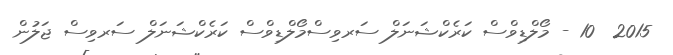
2015  10 - މޯލްޑިވްސް ކަރެކްޝަނަލް ސަރވިސްމޯލްޑިވްސް ކަރެކްޝަނަލް ސަރވިސް ޖަލުން